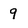
Character: 9